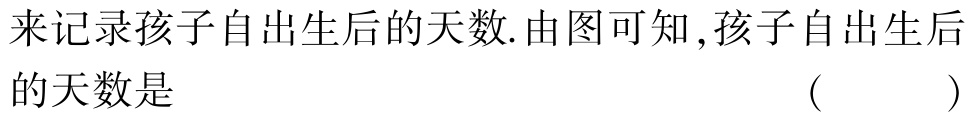
来记录孩子自出生后的天数.由图可知 ,孩子自出生后的天数是 （  ）